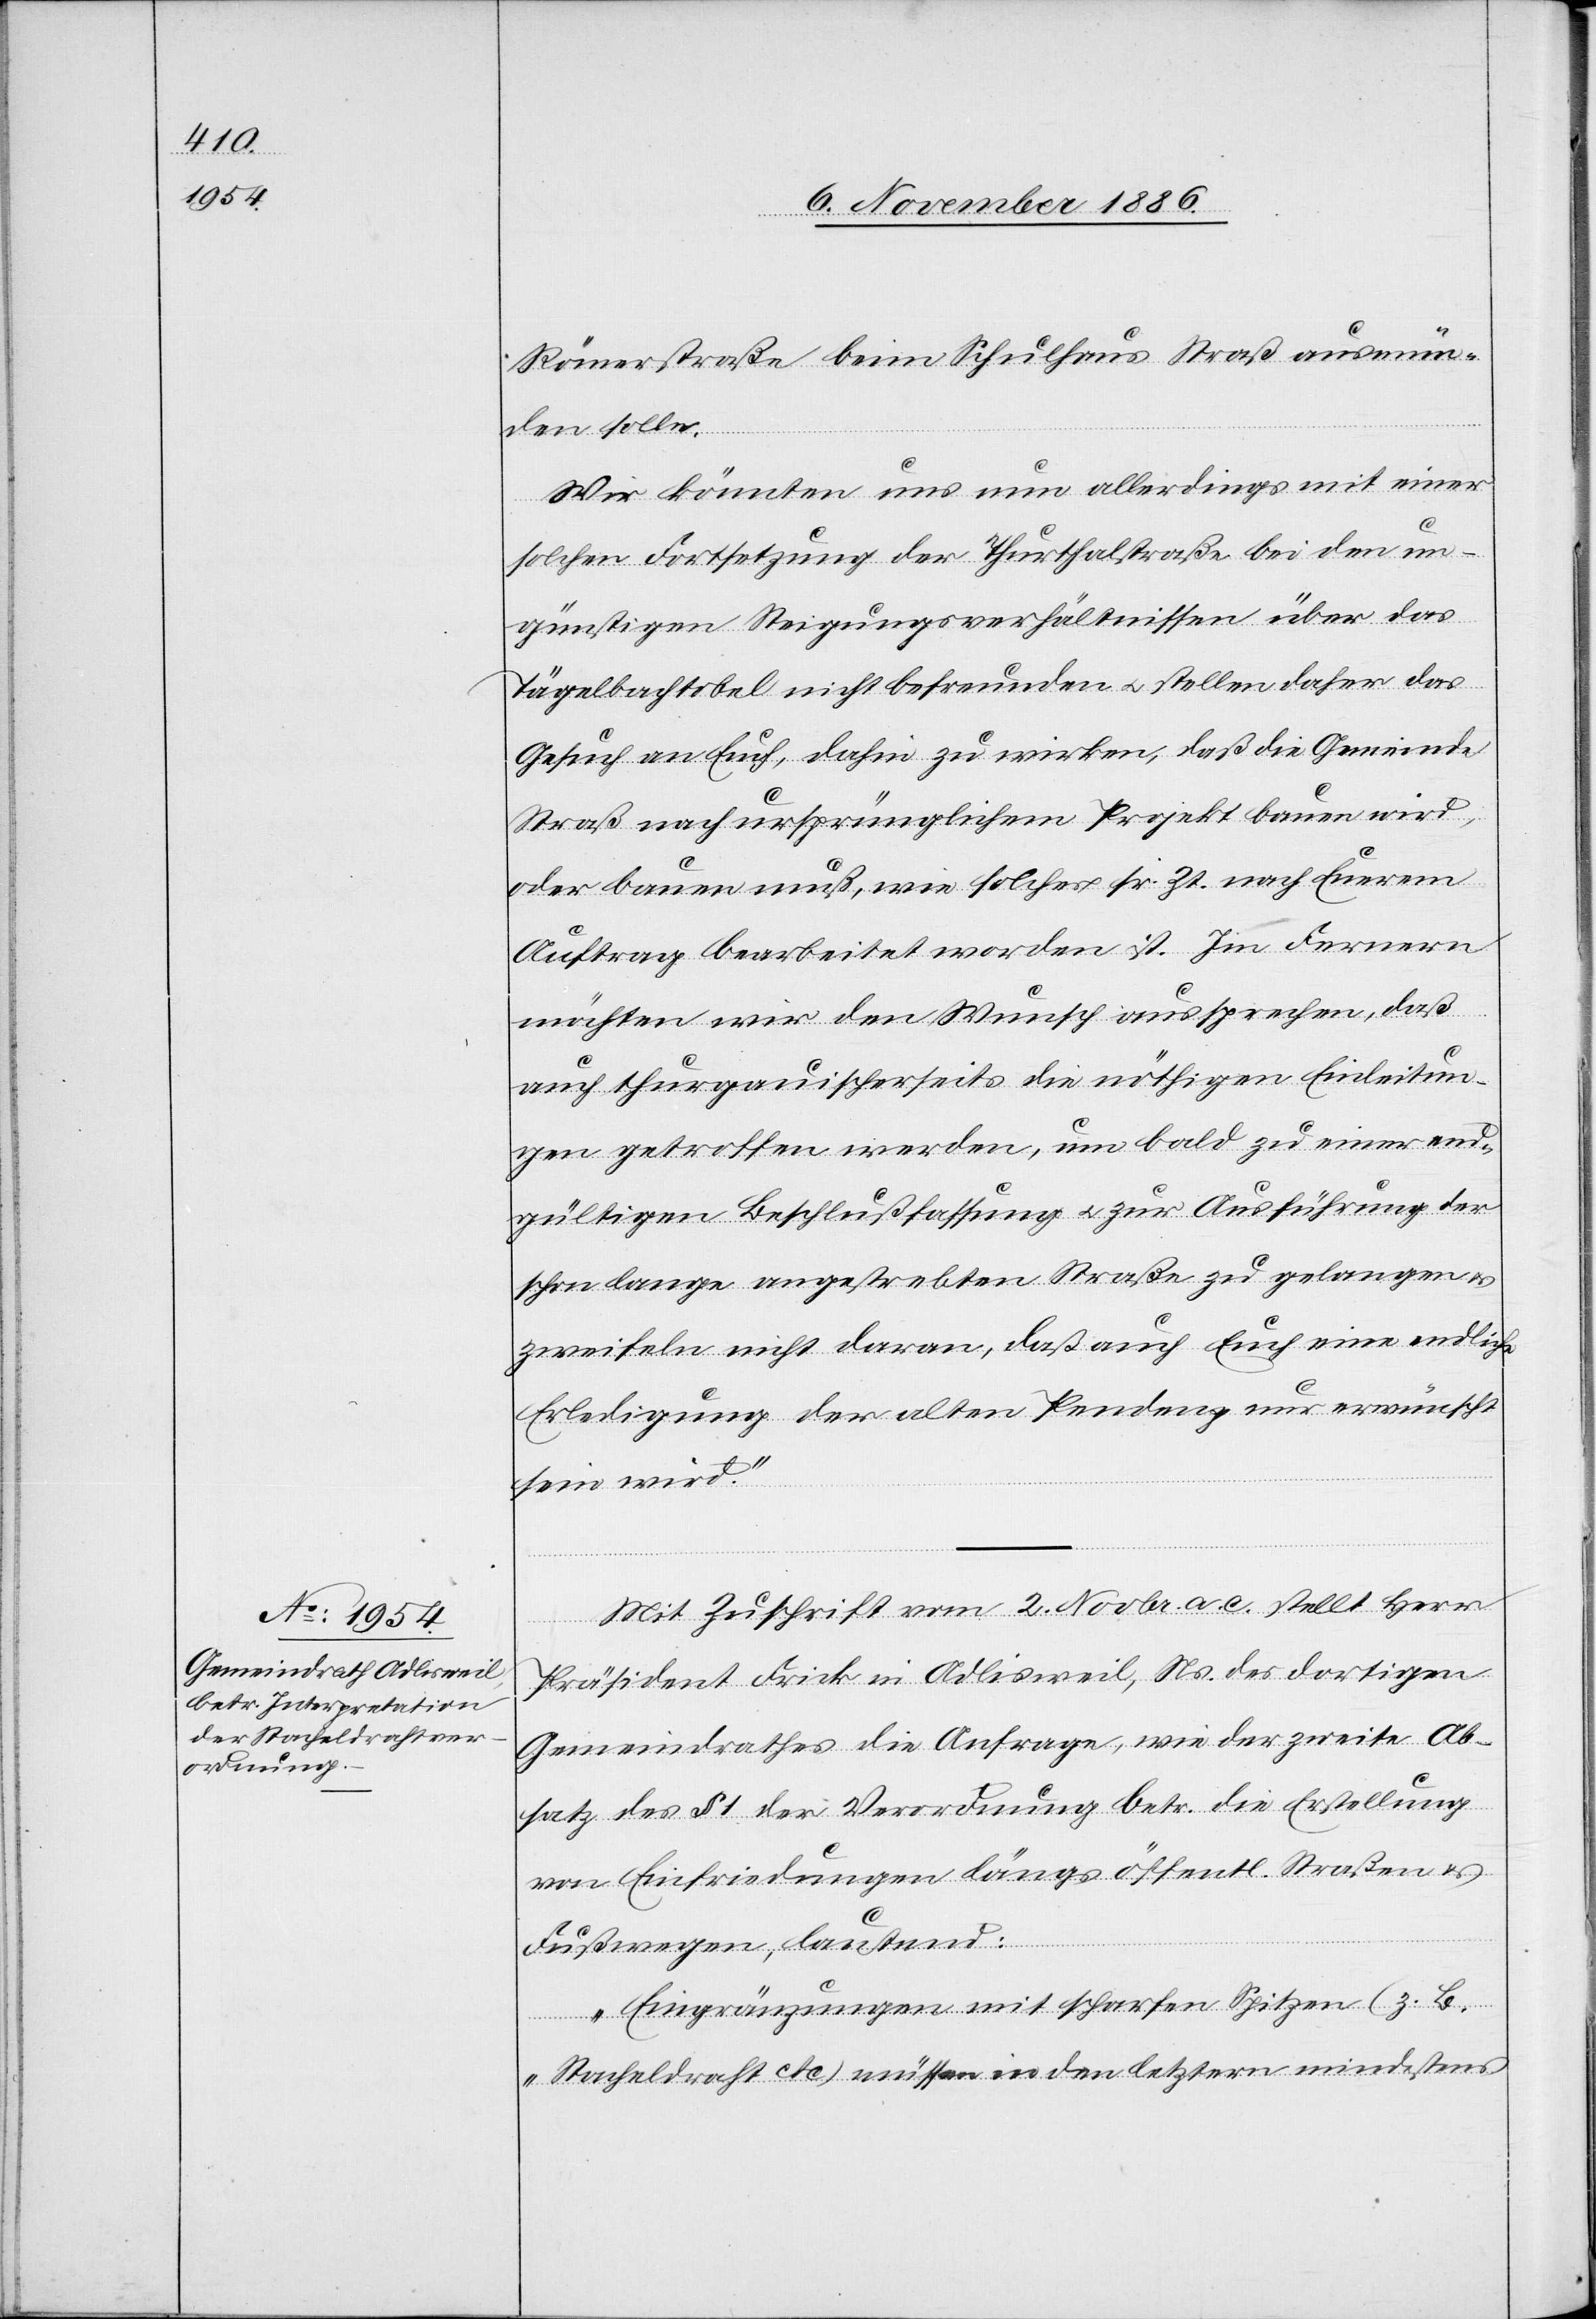
Römerstraße beim Schulhaus Straß ausmün¬
den solle.
Wir könnten uns nun allerdings mit einer
solchen Fortsetzung der Thurthalstraße bei den un¬
günstigen Steigungsverhältnissen über das
Tägelbachtobel nicht befreunden & stellen daher das
Gesuch an Euch, dahin zu wirken, daß die Gemeinde
Straß nach ursprünglichem Projekt bauen wird,
oder bauen muß, wie solches sr. Zt. nach Euerem
Auftrag bearbeitet worden ist. Im Fernern
möchten wir den Wunsch aussprechen, daß
auch thurgauischerseits die nöthigen Einleitun¬
gen getroffen werden, um bald zu einer end¬
gültigen Beschlußfassung & zur Ausführung der
schon lange angestrebten Straße zu gelangen
zweifeln nicht daran, daß auch Euch eine endliche
Erledigung der alten Pendenz nur erwünscht
sein wird.“
Mit Zuschrift vom 2. Novbr. a. c. stellt Herr
Präsident Frick in Adlisweil, Ns. des dortigen
Gemeindrathes die Anfrage, wie der zweite Ab¬
satz des § 1. der Verordnung betr. die Erstellung
von Einfriedungen längs öffentl. Straßen &
Fußwegen, lautend:
„Eingränzungen mit scharfen Spitzen (z. B.
Stacheldraht etc.) müssen in den letztern mindestens